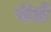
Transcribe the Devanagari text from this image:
बीड़ों